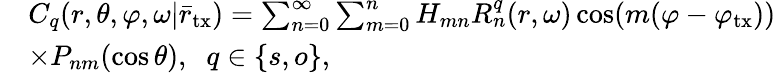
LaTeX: \begin{array}{rl}&{C_{q}(r,\theta,\varphi,\omega|\bar{r}_{\mathrm{tx}})=\sum_{n=0}^{\infty}{\sum_{m=0}^{n}{{{H_{mn}R_{n}^{q}(r,\omega)}\cos(m(\varphi-{\varphi_{\mathrm{tx}}}))}}}}\\ &{\times P_{nm}(\cos\theta),\; \; q\in\{ s,o\} ,}\end{array}